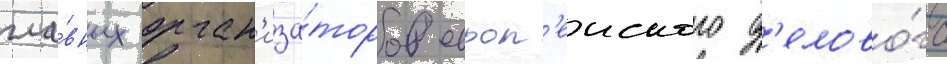
гла́вных орган'иза́торов европ'еиского д'елово́го